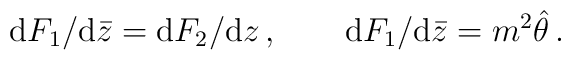
\mbox{d}F_1/\mbox{d}\bar{z}=\mbox{d}F_2/\mbox{d}z\,,\qquad\mbox{d}F_1/\mbox{d}\bar{z}=m^2\hat{\theta}\,.